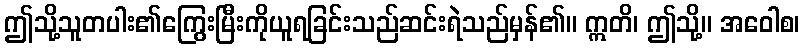
ဤသို့သူတပါး၏ကြွေးမြီးကိုယူရခြင်းသည်ဆင်းရဲသည်မှန်၏။ ဣတိ၊ ဤသို့။ အဝေါစ၊